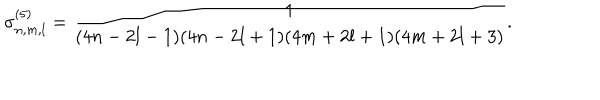
\sigma _ { n , m , l } ^ { ( 5 ) } = \frac { 1 } { ( 4 n - 2 l - 1 ) ( 4 n - 2 l + 1 ) ( 4 m + 2 l + 1 ) ( 4 m + 2 l + 3 ) } .